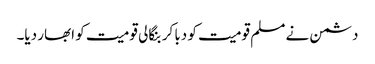
دشمن نے مسلم قومیت کو دبا کر بنگالی قومیت کو ابھار دیا۔